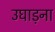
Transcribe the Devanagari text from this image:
उघाड़ना